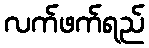
လက်ဖက်ရည်